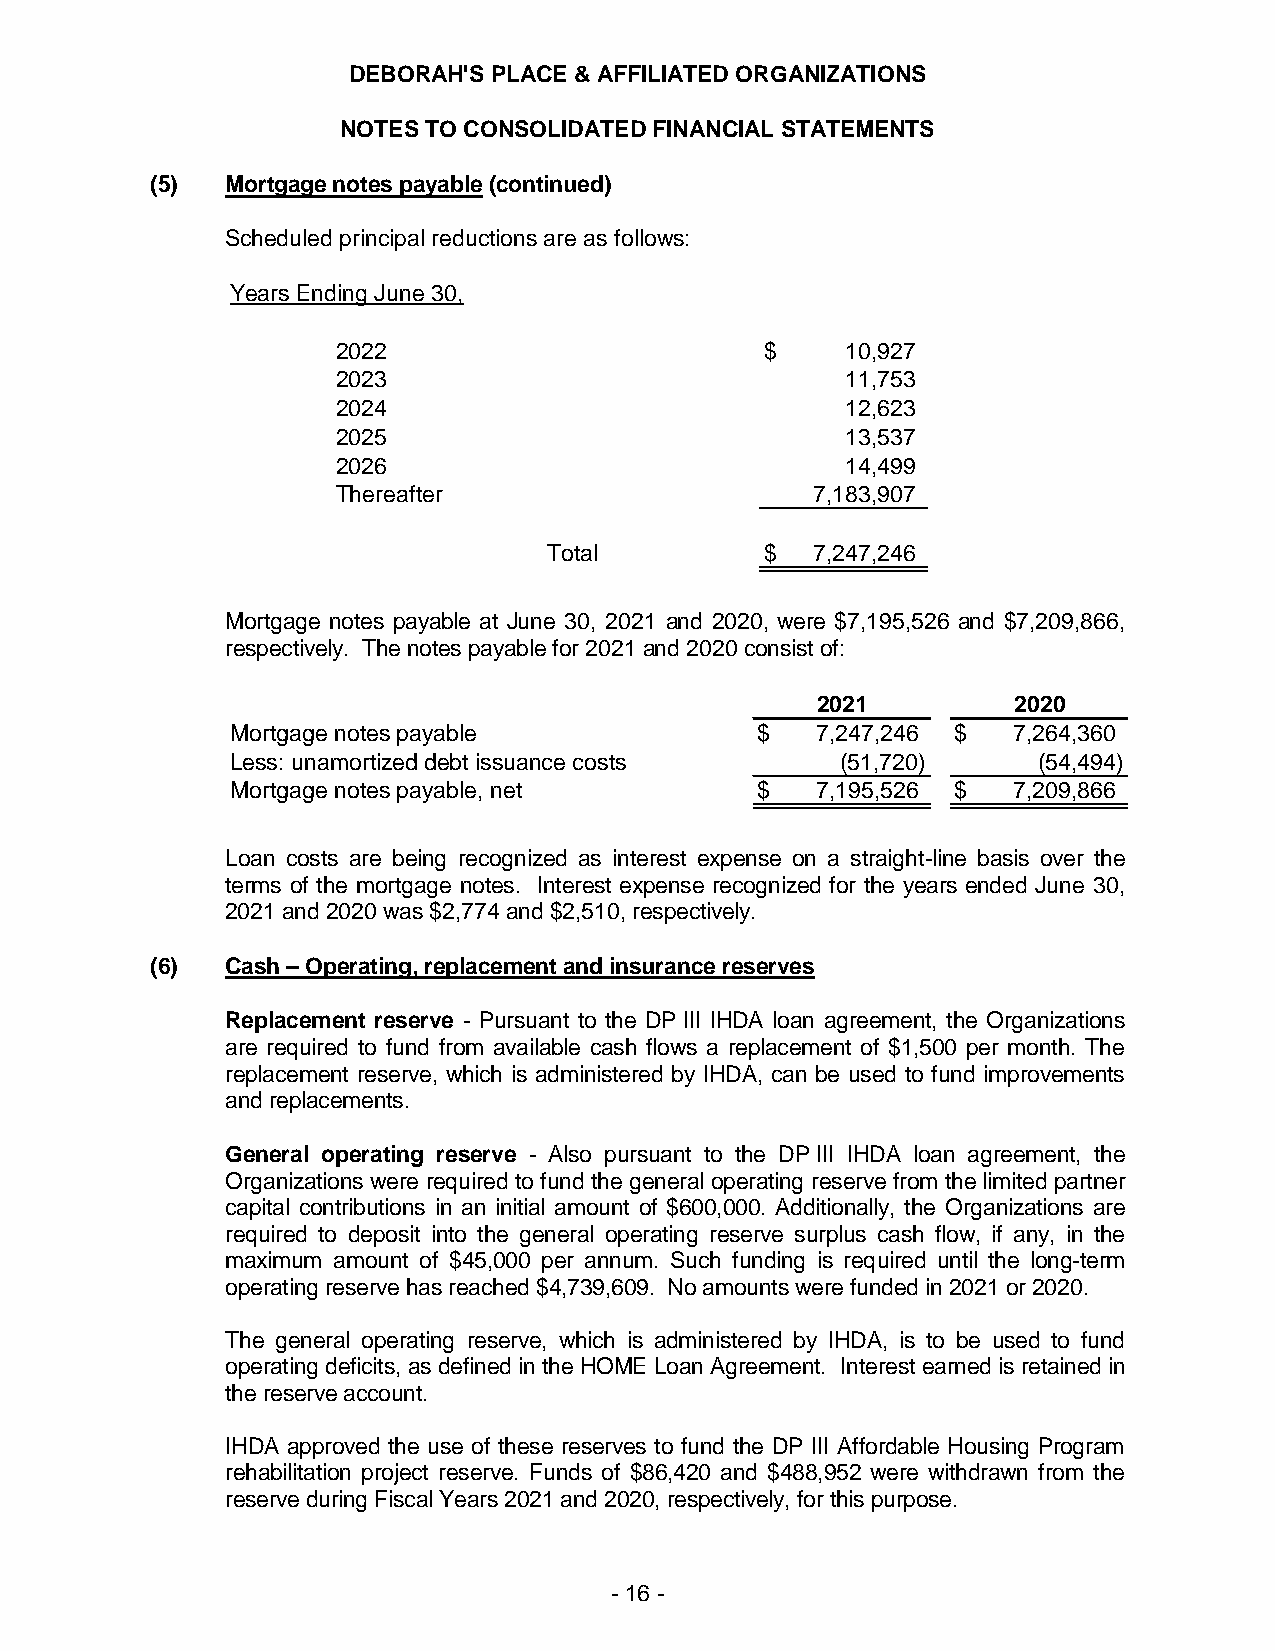
DEBORAH'S PLACE & AFFILIATED ORGANIZATIONS
 NOTES TO CONSOLIDATED FINANCIAL STATEMENTS
 (5)  Mortgage notes payable (continued)
 Scheduled principal reductions are as follows:
 Years Ending June 30,
 2022                         $    10,927
 2023                              11,753
 2024                              12,623
 2025                              13,537
 2026                              14,499
 Thereafter                      7,183,907
 Total          $  7,247,246
 Mortgage notes payable at June 30, 2021 and 2020, were $7,195,526 and $7,209,866,
 respectively. The notes payable for 2021 and 2020 consist of:
 2021         2020
 Mortgage notes payable             $   7,247,246 $  7,264,360
 Less: unamortized debt issuance costs    (51,720)     (54,494)
 Mortgage notes payable, net        $   7,195,526 $  7,209,866
 Loan costs are being recognized as interest expense on a straight-line basis over the
 terms of the mortgage notes. Interest expense recognized for the years ended June 30,
 2021 and 2020 was $2,774 and $2,510, respectively.
 (6)  Cash – Operating, replacement and insurance reserves
 Replacement reserve - Pursuant to the DP III IHDA loan agreement, the Organizations
 are required to fund from available cash flows a replacement of $1,500 per month. The
 replacement reserve, which is administered by IHDA, can be used to fund improvements
 and replacements.
 General operating reserve - Also pursuant to the DP III IHDA loan agreement, the
 Organizations were required to fund the general operating reserve from the limited partner
 capital contributions in an initial amount of $600,000. Additionally, the Organizations are
 required to deposit into the general operating reserve surplus cash flow, if any, in the
 maximum amount of $45,000 per annum. Such funding is required until the long-term
 operating reserve has reached $4,739,609. No amounts were funded in 2021 or 2020.
 The general operating reserve, which is administered by IHDA, is to be used to fund
 operating deficits, as defined in the HOME Loan Agreement. Interest earned is retained in
 the reserve account.
 IHDA approved the use of these reserves to fund the DP III Affordable Housing Program
 rehabilitation project reserve. Funds of $86,420 and $488,952 were withdrawn from the
 reserve during Fiscal Years 2021 and 2020, respectively, for this purpose.
 - 16 -